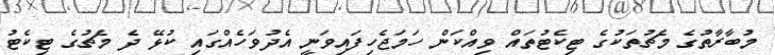
މުބާރާތުގެ މެޗުތަކުގެ ޓިކެޓުތައް ވިއްކަން ހަމަޖެހިފައިވަނީ އެދުވަހެއްގައި ކުޅޭ ދެ މެޗުގެ ޓިކެޓު